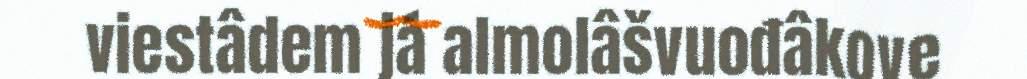
viestâdem já almolâšvuođâkove